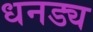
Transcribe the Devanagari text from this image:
धनड्य